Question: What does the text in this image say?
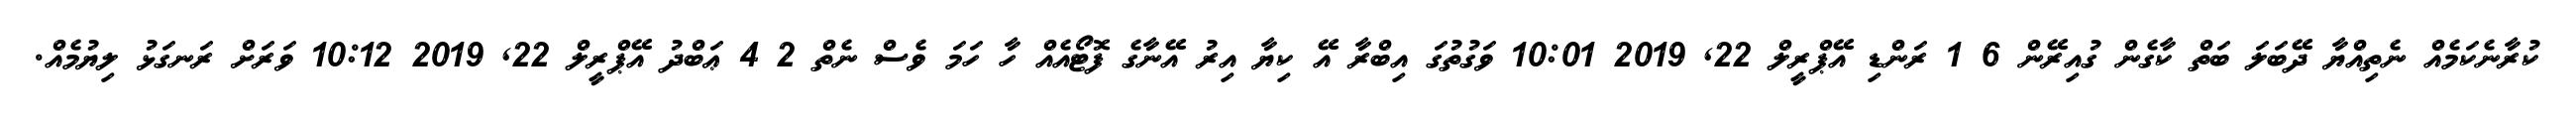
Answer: ކުރާނެކަމެއް ނެތިއްޔާ ދޭބަލަ ބަތް ކާގެން ގުއިރޭން 6 1 ރަންޑި އޭޕްރީލް 22, 2019 10:01 ވަގުތުގަ އިބްރާ އޭ ކިޔާ އިރު އޭނާގެ ފޮޓޯއެއް ހާ ހަމަ ވެސް ނެތް 2 4 ޢަބްދު އޭޕްރީލް 22, 2019 10:12 ވަރަށް ރަނގަޅު ލިޔުމެއް.